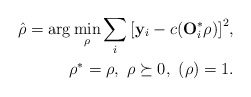
\begin{align*}\hat{\rho} = \arg \min_{\rho} \sum_i{\left[ \mathbf{y}_i - c (\mathbf{O}^*_i \rho)\right]^2 }, \\ \ \ \rho^* = \rho, \ \rho \succeq 0, \ (\rho)=1.\end{align*}